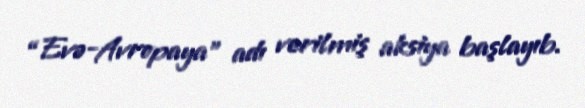
“Evə-Avropaya” adı verilmiş aksiya başlayıb.